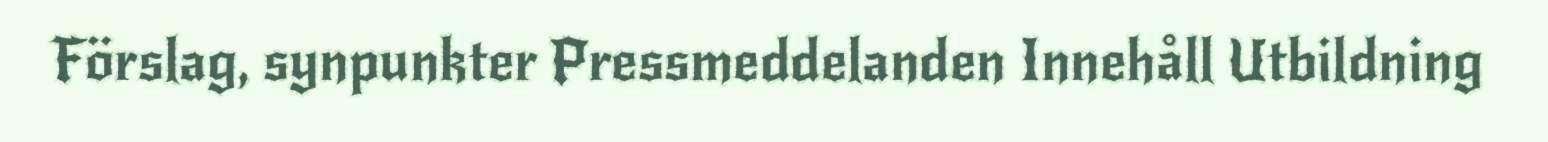
Förslag, synpunkter Pressmeddelanden Innehåll Utbildning